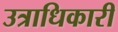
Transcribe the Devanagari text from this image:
उत्राधिकारी